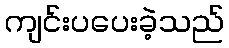
ကျင်းပပေးခဲ့သည်